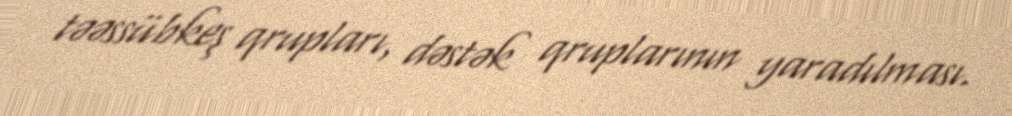
təəssübkeş qrupları, dəstək qruplarının yaradılması.